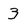
Character: 3